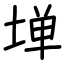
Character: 𫮃